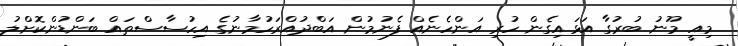
މިއީ މޫނު ބުރުގާ އަޅައިގެން ހުރި އަންހެނެއް ފެނުމުން އަބްދުއްރަހުމާނުގެ އިިހުސާސްތައް ބަންޑުންކޮށްލު